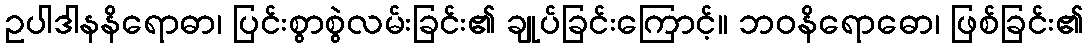
ဥပါဒါနနိရောဓာ၊ ပြင်းစွာစွဲလမ်းခြင်း၏ ချုပ်ခြင်းကြောင့်။ ဘဝနိရောဓော၊ ဖြစ်ခြင်း၏